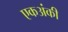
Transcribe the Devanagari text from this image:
एकअंकी